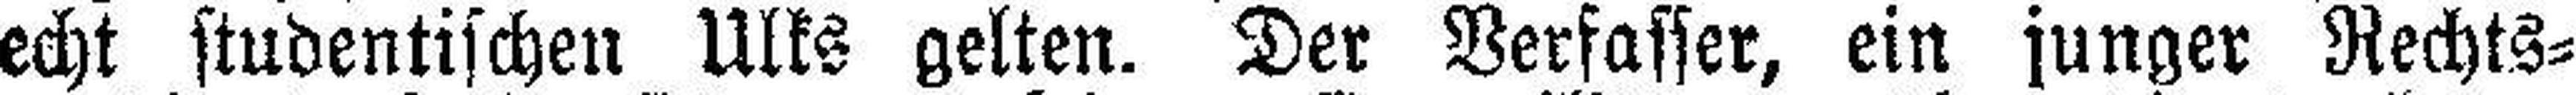
echt studentischen Ulks gelten. Der Verfasser, ein junger Rechts¬